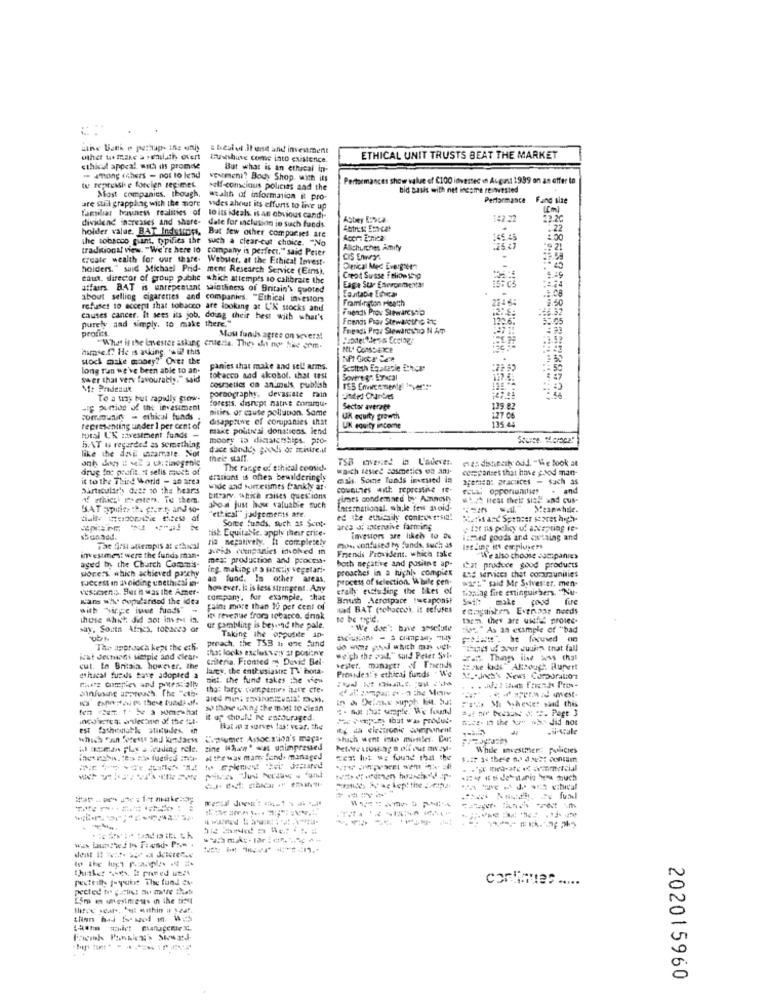
athe Bank o perhaps ing oniy
s beslut Il enit and investment
Uthet to make a smuluthy overt
Euwshare come into existence.
ETHICAL UNIT TRUSTS BEAT THE MARKET
ethical appeal with ils promde
But what is an ethical in-
- among thets - not to lend
vEumeni? Body Shop with its
Performances show value of $100 inversec on August 1939 on an offer to
tue repressie forcelen regimes.
self-conscious policies and the
bid Basis with net income reinvested
are still grappling with the more
Most companies, though, wealth of information it pro-
Performance Fand size
vides about its efforts to live up
(Cm)
familiar basiness realities of to its ideals is an obvious candi-
dividend increases and share-
Abbey EPOCa
147.32
22.20
holder value. BAT Instatrops.
date for inclusion in such funds
:22
the tobacco guant, typifies the such a clear-cut choice. "No
Bat few other comparses are
Accr: Ernica
145.45
traditional view. "We're here 10 company is perfect," said Peter
Allichurches Amily
create wealth for our thare.
Webster. at the Ethical Invest.
CIS Enweys
holders." suid Michael Prid- ment Research Service (Eins),
Derical Med Everper?
taut. director of group pathe which attempts to calibrate the
Corot Susse Felion ship
affairs. BAT is unrepentant sainthness of Britain's quoted
Eage Sur Eneroementas
Sanitabie Encar
:24
about selling cigarettes and companies. "Ethical investors
Framlington Heatth
2145:
refuses to accept that tobacco are looking at U'K stocks and
Fuenti Prov Stewareslo
causes cancer. it sees its job. doing their hest with what's
Friends Prov Stewvotre &t;
129.6.
purely aad simply, to make there."
profits
Foipadi Prov StewardsTo N Ap
Mos funds agree on severs!
aimse.f? He is avuing. hu! this
"What is the Investor aslang criteria. They do not the com-
ML' COMDETCE
stock make money?" Over the
long ran we've been able to an-
panies that make and sel! arms.
Scottish Estatable Ethics
Swer that verv favourably." said
tobacco aad akobol. that cest
Sovereign Erical
M: Prideaux
coursetics ca an.muls, publish
To a tiny but rapidly grew-
forests, disrupt native comsqu-
pornography, devasiate fain
-if puntios of the investment
nities of caute pollution. Same
Sector average
139.82
community - ethical funds
disapprove of companies that
UK equity growth
127 06
135.45
representing under 1 per cent of
make politicsi donaticos iend
UK equity income
total U'S zavestment funds -
mooty is dicaichships. pio-
5/AT is regarded as something
like the desE ussamale. Not
dace shoddy goods or mistreat
their staff.
TSB evened in L'adever.
mas distecity odd. "We look at
drug Ine peafit. it selis much of
The range of ethical consid-
wasch tested cosmetics on an-
comepanses that have good man-
it to the Third World - an area
erations is ches bewilderingly
ass. Some lunds ineued in
aferien: pracuces - fach as
particular's dust so the hears
wide and sometimes frankly ar-
FELA opportunities
.and
Litzary, which raises questions
cires condemned by Amnesty
which treat their site and cus-
SAT aypulito the front, and so-
abo- just how valuable such
International. sh.kt few avoid
Meanwhile.
"ethical" judgements are.
Some funds, such as Scot.
ed the ethically cont: *** sia!
--*
tist. Equitable. apply their price-
area 3; intensive farming
tet ns policy of accepting ie-
shunned.
ria negatively. It completely
investors are likely to au
ismed goods and artaing and
The first atiempis at ethical
Heis companies involved in
Friends Provident. which take
mou confused by fands, Such as
Int ling its employees
investmest were the funds man-
aged by the Church Commis-
mest production and process.
both negative and pusilne ap-
"W'e also choose companies
porers which achieved patchy
ing. making in a sırmtiy vegetari-
proaches in a highly compiex
Fass services that contraunities
Cat produce good products
Jecest In Iholding unethical ier
as fund. In other areas,
process of selection. While cen-
ways" said Mr Sylvester. men-
wabenis. Her h was the Amer-
however. la is less stringent. Any
eraily eustu ding the likes of
tioning fire extinguishers. "Nu-
sans wis. popularised the idea
company. for example, chat
Brush Aerospace tucaponst
fire
with "Mr.e iwee funds"-
Fains more than 19 per cent of
nad BAT (tobacco), it refuses
those which did aot immt in.
its revenue froma tobacco. drink
to be urgic.
tarm. they are uitfel proiec-
say. South Africa, tobacco or
ur gambling is beyond the pale.
"We don': bave amsetute
:" As an example of "bad
peach, the TS3 is one find
Taking the opposite ap-
The approach kept the eth-
that looks exclusvery ir positne
--------
Things w pour Juin that fall
icat destadi siciple and clear-
criteria. Fronted ow David Bel-
weigh the paid." said Peter Svt.
3. Thans ilse woss that
cut. In Bnisia. however, the
lacey, the enthusiasts TV bora.
Mester. manager of Friends
Provides:'s ethical funds . We
== >ke kiks "Although Rupert
ethacal fuedds Parve adopted a
mist the fund takes the view
White Complex and poutras ally
that large coupemes inute cre-
Itifinstales these tuads of.
:1- Mi Wahester add this
Ben at 1- 5e a somewhat
30 thone Ging the most to clean
it up should be encouraged.
men the - -- did not
Hatve a survey last vear. the
.si-scale
which can Docents sad kindaess
Cipomer Ansoc. s'ioa's mapa.
'shach went into minder. DAS
While investien: policies
at the tous man fund- managed
Ecz: list we found that the
------
thither Aces. I phoned week
pecttilh fysioof The fund das
carlaes .....
pected Nov artis! mu mire that
I'm m mestress in the tift
three years, but anthin a szaf.
202015960